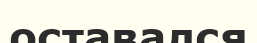
оставался